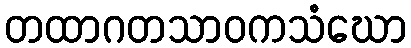
တထာဂတသာဝကသံဃော